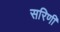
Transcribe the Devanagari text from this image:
सरिणी